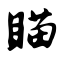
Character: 瞄